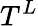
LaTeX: T^{L}